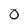
Character: 0